Civil Veterinary Dept. Bombay admin report 1893-99 - 1893-1899
Year: 1893
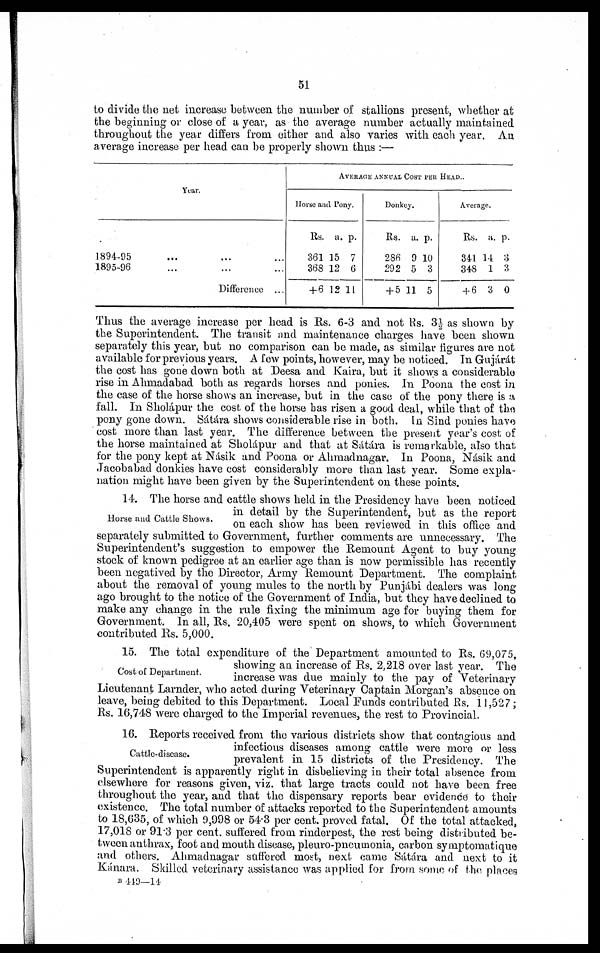
51
to divide the net increase between the number of stallions present, whether at
the beginning or close of a year, as the average number actually maintained
throughout the year differs from either and also varies with each year. An
average increase per head can be properly shown thus:—
Year.
1894-95 ... ... ...
1895-96 ... ... ...
Difference ...
AVERAGE ANNUAL COST PER HEAD..
Horse and Pony.
Rs.
361
368
+ 6
a.
15
12
12
p.
7
6
11
Donkey.
Rs.
286
292
+ 5
a.
9
5
11
p.
10
3
5
Average.
Rs.
341
348
+ 6
a.
14
1
3
p.
3
3
0
Thus the average increase per head is Rs. 6-3 and not Rs. 3½ as shown by
the Superintendent. The transit and maintenance charges have been shown
separately this year, but no comparison can be made, as similar figures are not
available for previous years. A few points, however, may be noticed. In Gujárát
the cost has gone down both at Deesa and Kaira, but it shows a considerable
rise in Ahmadabad both as regards horses and ponies. In Poona the cost in
the case of the horse shows an increase, but in the case of the pony there is a
fall. In Sholápur the cost of the horse has risen a good deal, while that of the
pony gone down. Sátára shows considerable rise in both. In Sind ponies have
cost more than last year. The difference between the present year's cost of
the horse maintained at Sholápur and that at Sátára is remarkable, also that
for the pony kept at Násik and Poona or Ahmadnagar. In Poona, Násik and
Jacobabad donkies have cost considerably more than last year. Some expla-
nation might have been given by the Superintendent on these points.
Horse and Cattle Shows.
14. The horse and cattle shows held in the Presidency have been noticed
in detail by the Superintendent, but as the report
on each show has been reviewed in this office and
separately submitted to Government, further comments are unnecessary. The
Superintendent's suggestion to empower the Remount Agent to buy young
stock of known pedigree at an earlier age than is now permissible has recently
been negatived by the Director, Army Remount Department. The complaint
about the removal of young mules to the north by Punjábi dealers was long
ago brought to the notice of the Government of India, but they have declined to
make any change in the rule fixing the minimum age for buying them for
Government. In all, Rs. 20,405 were spent on shows, to which Government
contributed Rs. 5,000.
Cost of Department.
15. The total expenditure of the Department amounted to Rs. 69,075,
showing an increase of Rs. 2,218 over last year. The
increase was due mainly to the pay of Veterinary
Lieutenant Larnder, who acted during Veterinary Captain Morgan's absence on
leave, being debited to this Department. Local Funds contributed Rs. 11,527;
Rs. 16,748 were charged to the Imperial revenues, the rest to Provincial.
Cattle-disease.
16. Reports received from the various districts show that contagious and
infectious diseases among cattle were more or less
prevalent in 15 districts of the Presidency. The
Superintendent is apparently right in disbelieving in their total absence from
elsewhere for reasons given, viz. that large tracts could not have been free
throughout the year, and that the dispensary reports bear evidence to their
existence. The total number of attacks reported to the Superintendent amounts
to 18,635, of which 9,998 or 54.3 per cent. proved fatal. Of the total attacked,
17,018 or 91.3 per cent. suffered from rinderpest, the rest being distributed be-
tween anthrax, foot and mouth disease, pleuro-pneumonia, carbon symptomatique
and others. Ahmadnagar suffered most, next came Sátára and next to it
Kánara. Skilled veterinary assistance was applied for from some of the places
B 449—14